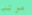
مرتب